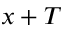
x + T